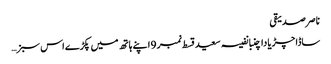
ناصر صدیقی
ساڈا چڑیا دا چنبا نفیسہ سعید قسط نمبر 9 اپنے ہاتھ میں پکڑے اس سبز …